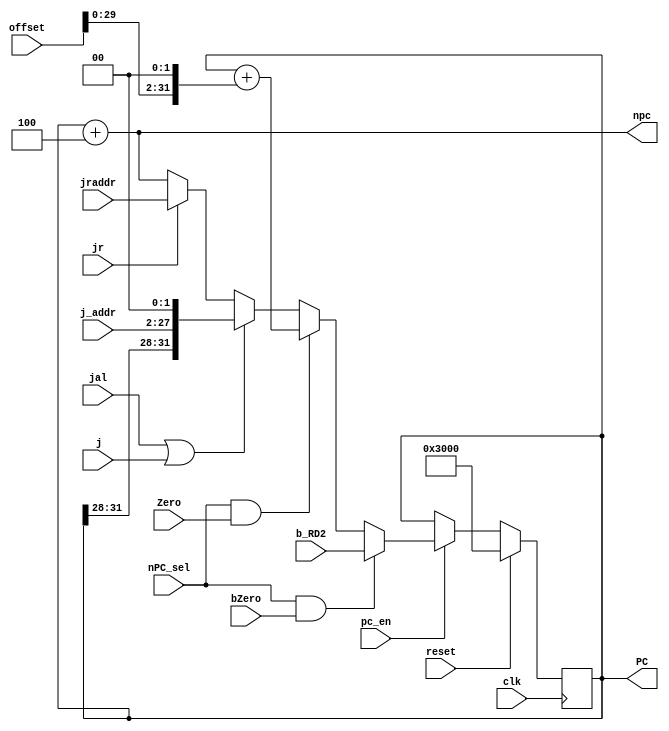
`timescale 1ns / 1ps
//////////////////////////////////////////////////////////////////////////////////
// Company: 
// Engineer: 
// 
// Design Name: 
// Module Name:    IFU 
// Project Name: 
// Target Devices: 
// Tool versions: 
// Description: 
//
// Dependencies: 
//
// Revision: 
// Revision 0.01 - File Created
// Additional Comments: 
//
//////////////////////////////////////////////////////////////////////////////////
module IFU(clk,reset,offset,j_addr,nPC_sel,Zero,jal,npc,jraddr,jr,PC,j,pc_en,bZero,b_RD2 ///////////////
    );
	 input clk;
	 input reset;
	 input [31:0] offset;
	 input [25:0]j_addr;
	 input nPC_sel;
	 input Zero;
	 input jal;
	 input jr;
	 input [31:0] jraddr;
	 output [31:0] npc;
	 output [31:0] PC;
	 reg [31:0] pc;
	 
	 input bZero;     ////////////////////
	 input [31:0] b_RD2;     /////////////////
	 
	 input pc_en;
	 input j;
	 initial begin
		pc=32'h00003000;
		end
	 assign npc=pc+4;
	 assign PC=pc;
	 always @(posedge clk)begin
	   if(reset)
		  pc=32'h00003000;
		else if(pc_en==0)
		  pc=pc;
		else if(nPC_sel&&bZero)          ////////////////
		  pc=b_RD2;                 //////////////////
		else if(nPC_sel&&Zero)
		  pc=pc+$signed({offset[29:0],2'b00});
		else if(jal||j)
		  pc={pc[31:28],j_addr,2'b00};
		else if(jr)
		  pc=jraddr;
		else
		  pc=pc+4;
		end

endmodule